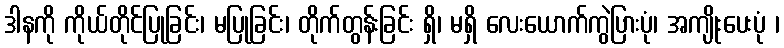
ဒါနကို ကိုယ်တိုင်ပြုခြင်း၊ မပြုခြင်း၊ တိုက်တွန်းခြင်း ရှိ၊ မရှိ လေးယောက်ကွဲပြားပုံ၊ အကျိုးပေးပုံ ၊